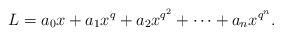
LaTeX: \begin{align*}L=a_0x+a_1x^q+a_2x^{q^2}+\cdots+a_n x^{q^n}.\end{align*}